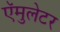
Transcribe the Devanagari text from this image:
ऍमुलेटर